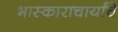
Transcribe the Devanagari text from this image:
भास्काराचार्यांचे